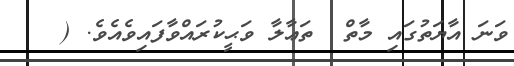
ވަނަ އާޔަތުގައި މާތް  ތަޢާލާ ވަޙީކުރައްވާފައިވެއެވެ. (